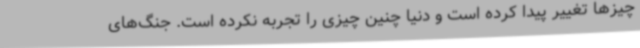
چیزها تغییر پیدا کرده است و دنیا چنین چیزی را تجربه نکرده است. جنگ‌های